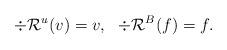
LaTeX: \begin{align*}\div \mathcal{R}^u(v) = v,\ \ \div \mathcal{R}^B(f) = f.\end{align*}